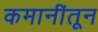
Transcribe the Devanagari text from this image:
कमानींतून